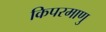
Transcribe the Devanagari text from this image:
किपरमाणु